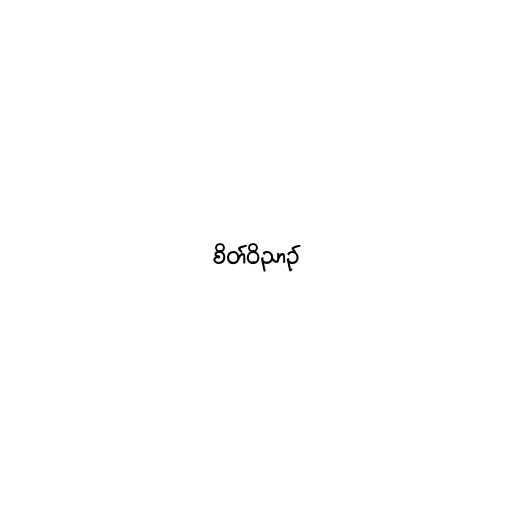
စိတ်ဝိညာဉ်